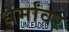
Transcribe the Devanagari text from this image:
धर्मांवर